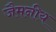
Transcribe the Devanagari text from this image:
जैमनीय